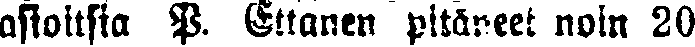
asioitsia P. Ettanen pitäneet noin 20